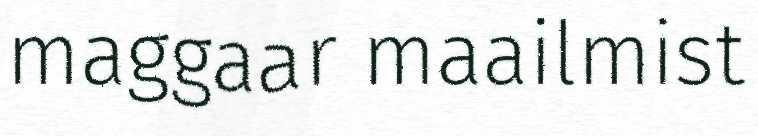
maggaar maailmist